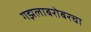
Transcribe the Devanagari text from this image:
गझलाबरोबरचा